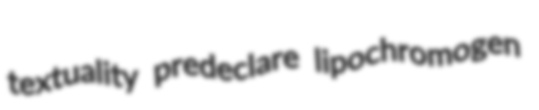
textuality predeclare lipochromogen